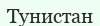
Тунистан